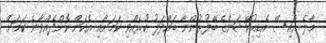
މާލެ އައިސް އެޑިއުކޭޝަންގެ ބޭފުޅުންނާ ބައްދަލު ކުރެއްވި ކަމަށާއި އެކަން ކޮށްދެއްވާނެ ކަމަށް